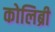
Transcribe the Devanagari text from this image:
कोलिब्री